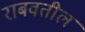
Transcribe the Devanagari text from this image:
राबवतील